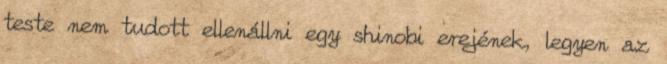
teste nem tudott ellenállni egy shinobi erejének, legyen az